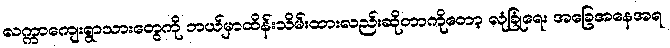
လက္ကာကျေးရွာသားတွေကို ဘယ်မှာထိန်းသိမ်းထားလည်းဆိုတာကိုတော့ လုံခြုံရေး အခြေအနေအရ